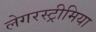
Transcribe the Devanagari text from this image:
लेगरस्ट्रीमिया